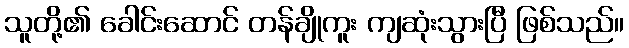
သူတို့၏ ခေါင်းဆောင် တန်ချိုကူး ကျဆုံးသွားပြီ ဖြစ်သည်။